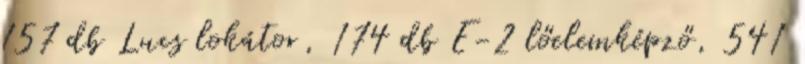
157 db Lucs lokátor, 174 db E-2 lőelemképző, 541